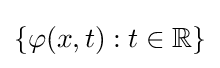
\{\varphi (x,t):t\in \mathbb {R} \}